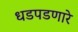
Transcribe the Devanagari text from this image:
धडपडणारे